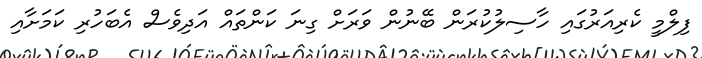
ފިލްމީ ކެރިއަރުގައި ހާސިލުކުރަން ބޭނުން ވަރަށް ގިނަ ކަންތައް އަދިވެސް އެބަހުރި ކަމަށާއި